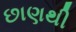
છાણથી